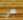
في